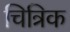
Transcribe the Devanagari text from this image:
चित्रिक